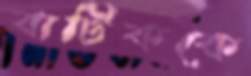
বাটিককে